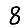
Digit: 8